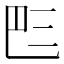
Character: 𠀧